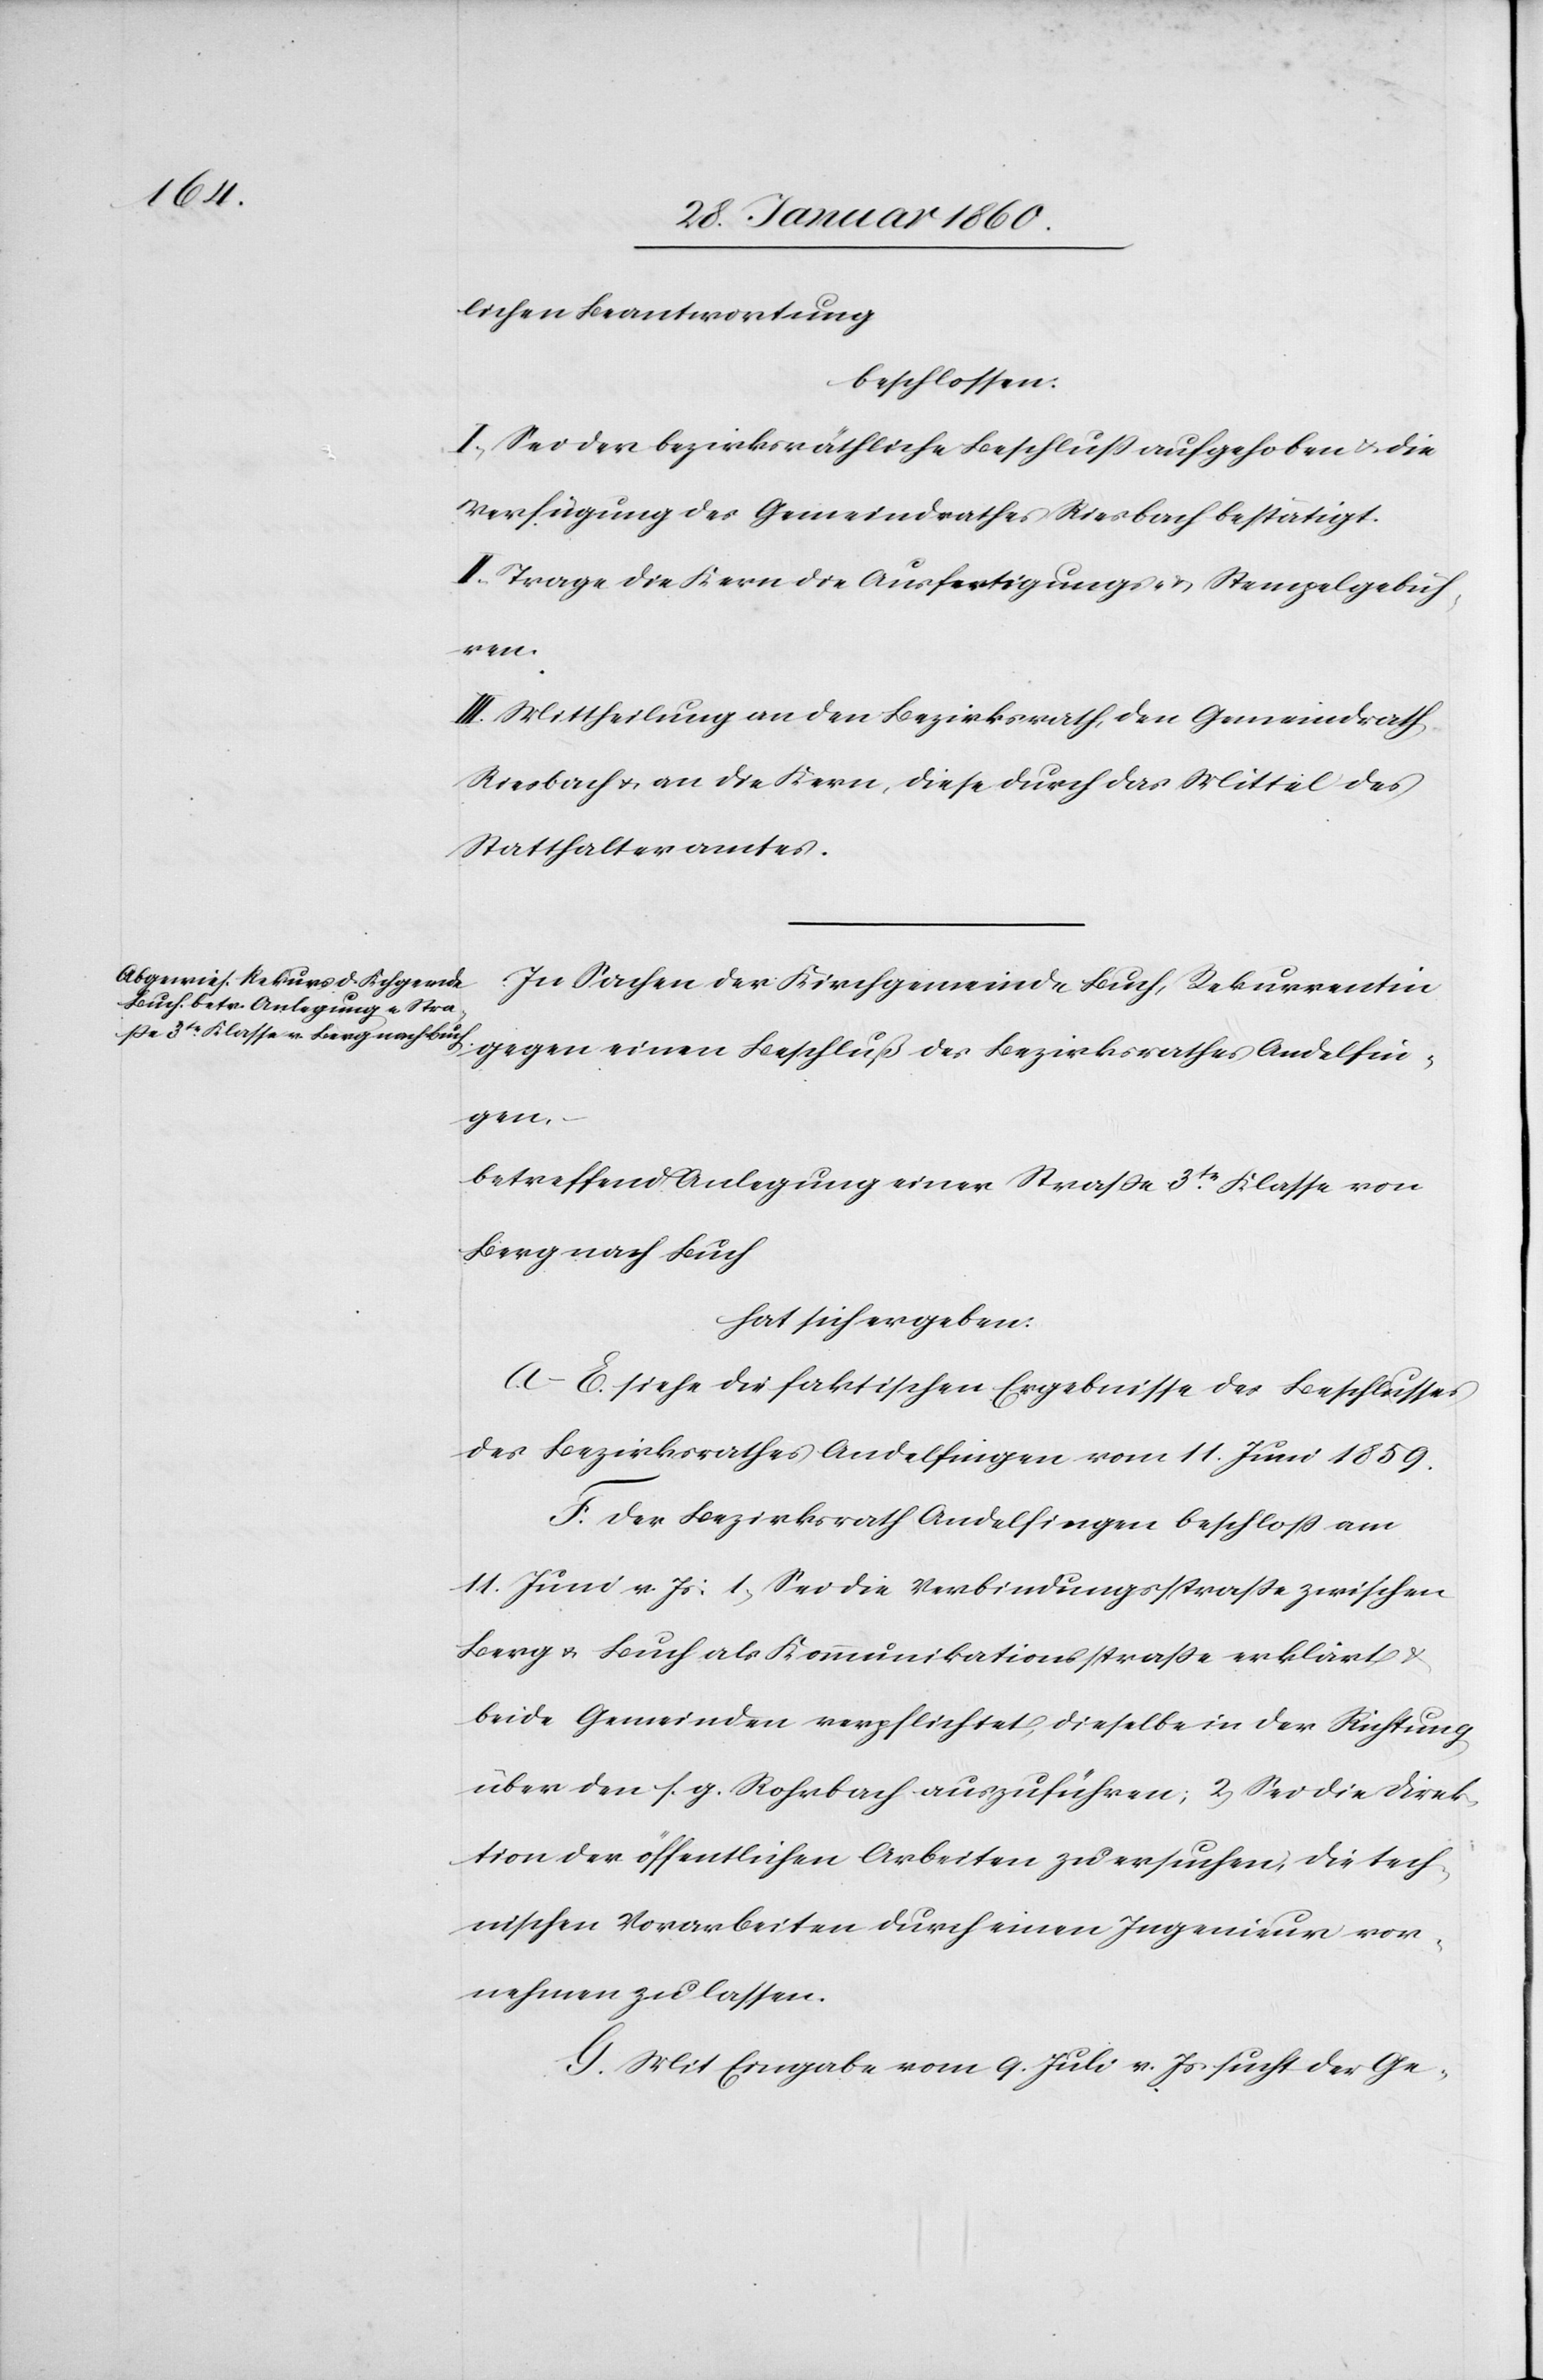
lichen Beantwortung
beschlossen.
I. Sei der bezirksräthliche Beschluss aufgehoben u. die
Verfügung des Gemeindrathes Riesbach bestätigt.
II. Trage die Kern die Ausfertigungs- u. Stempelgebüh¬
ren.
III. Mittheilung an den Bezirksrath, den Gemeindrath
Seebach u. an die Kern, diese durch das Mittel des
Statthalteramtes.
In Sache der Kirchgemeinde Buch, Rekurrentin
gegen einen Beschluß des Bezirksrathes Andelfin¬
gen.
betreffend Anlegung einer Strasse 3tr Klasse von
Berg nach Buch
hat sich ergeben
A–E. siehe die faktischen Ergebnisse des Beschlusses
des Bezirksrathes Andelfingen vom 11. Juni 1859.
F. Der Bezirksrath Andelfingen beschloss am
11. Juni v. Js: 1. Sei die Verbindungsstrasse zwischen
Berg u. Buch als Kommunikationsstrasse erklärt u.
beide Gemeinden verpflichtet, dieselbe in der Richtung
über den s. g. Rohrbach auszuführen; 2. Sei die Direk¬
tion der öffentlichen Arbeiten zu ersuchen, die tech¬
nischen Vorarbeiten durch einen Ingenieur vor¬
nehmen zu lassen.
G. Mit Eingabe vom 9. Juli v. Js. sucht der Ge-